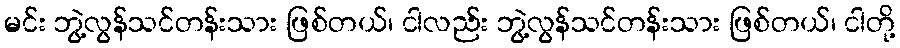
မင်း ဘွဲ့လွန်သင်တန်းသား ဖြစ်တယ်၊ ငါလည်း ဘွဲ့လွန်သင်တန်းသား ဖြစ်တယ်၊ ငါတို့